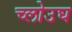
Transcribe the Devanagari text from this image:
च्लोउघ